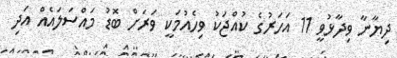
ދިޔާނާ ވިދާޅުވީ 11 އަހަރުގެ ކުއްޖަކު ވިހެއުމަކީ ވަރަށް ބޮޑު މައްސަލައެއް އަދި